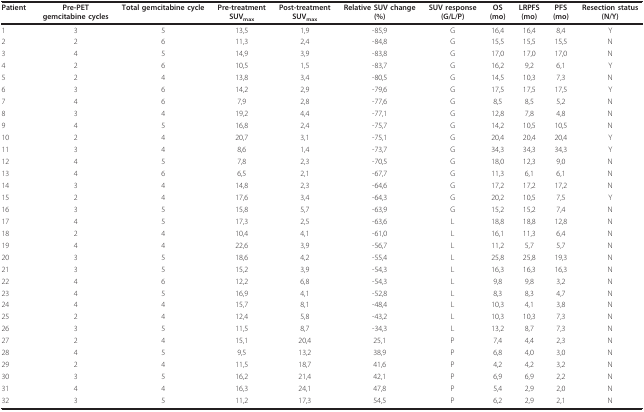
<table><thead><tr><td><b>Patient</b></td><td><b>Pre-PETgemcitabine cycles</b></td><td><b>Total gemcitabine cycle</b></td><td><b>Pre-treatmentSUV<sub>max</sub></b></td><td><b>Post-treatmentSUV<sub>max</sub></b></td><td><b>Relative SUV change(%)</b></td><td><b>SUV response(G/L/P)</b></td><td><b>OS(mo)</b></td><td><b>LRPFS(mo)</b></td><td><b>PFS(mo)</b></td><td><b>Resection status(N/Y)</b></td></tr></thead><tbody><tr><td>1</td><td>3</td><td>5</td><td>13,5</td><td>1,9</td><td>-85,9</td><td>G</td><td>16,4</td><td>16,4</td><td>8,4</td><td>Y</td></tr><tr><td>2</td><td>2</td><td>6</td><td>11,3</td><td>2,4</td><td>-84,8</td><td>G</td><td>15,5</td><td>15,5</td><td>15,5</td><td>N</td></tr><tr><td>3</td><td>4</td><td>5</td><td>14,9</td><td>3,9</td><td>-83,8</td><td>G</td><td>17,0</td><td>17,0</td><td>17,0</td><td>N</td></tr><tr><td>4</td><td>2</td><td>6</td><td>10,5</td><td>1,5</td><td>-83,7</td><td>G</td><td>16,2</td><td>9,2</td><td>6,1</td><td>Y</td></tr><tr><td>5</td><td>2</td><td>4</td><td>13,8</td><td>3,4</td><td>-80,5</td><td>G</td><td>14,5</td><td>10,3</td><td>7,3</td><td>N</td></tr><tr><td>6</td><td>3</td><td>6</td><td>14,2</td><td>2,9</td><td>-79,6</td><td>G</td><td>17,5</td><td>17,5</td><td>17,5</td><td>Y</td></tr><tr><td>7</td><td>4</td><td>6</td><td>7,9</td><td>2,8</td><td>-77,6</td><td>G</td><td>8,5</td><td>8,5</td><td>5,2</td><td>N</td></tr><tr><td>8</td><td>3</td><td>4</td><td>19,2</td><td>4,4</td><td>-77,1</td><td>G</td><td>12,8</td><td>7,8</td><td>4,8</td><td>N</td></tr><tr><td>9</td><td>4</td><td>5</td><td>16,8</td><td>2,4</td><td>-75,7</td><td>G</td><td>14,2</td><td>10,5</td><td>10,5</td><td>N</td></tr><tr><td>10</td><td>2</td><td>4</td><td>20,7</td><td>3,1</td><td>-75,1</td><td>G</td><td>20,4</td><td>20,4</td><td>20,4</td><td>Y</td></tr><tr><td>11</td><td>3</td><td>4</td><td>8,6</td><td>1,4</td><td>-73,7</td><td>G</td><td>34,3</td><td>34,3</td><td>34,3</td><td>Y</td></tr><tr><td>12</td><td>4</td><td>5</td><td>7,8</td><td>2,3</td><td>-70,5</td><td>G</td><td>18,0</td><td>12,3</td><td>9,0</td><td>N</td></tr><tr><td>13</td><td>4</td><td>6</td><td>6,5</td><td>2,1</td><td>-67,7</td><td>G</td><td>11,3</td><td>6,1</td><td>6,1</td><td>N</td></tr><tr><td>14</td><td>3</td><td>4</td><td>14,8</td><td>2,3</td><td>-64,6</td><td>G</td><td>17,2</td><td>17,2</td><td>17,2</td><td>N</td></tr><tr><td>15</td><td>2</td><td>4</td><td>17,6</td><td>3,4</td><td>-64,3</td><td>G</td><td>20,2</td><td>10,5</td><td>7,5</td><td>Y</td></tr><tr><td>16</td><td>3</td><td>5</td><td>15,8</td><td>5,7</td><td>-63,9</td><td>G</td><td>15,2</td><td>15,2</td><td>7,4</td><td>N</td></tr><tr><td>17</td><td>4</td><td>5</td><td>17,3</td><td>2,5</td><td>-63,6</td><td>L</td><td>18,8</td><td>18,8</td><td>12,8</td><td>N</td></tr><tr><td>18</td><td>2</td><td>4</td><td>10,4</td><td>4,1</td><td>-61,0</td><td>L</td><td>16,1</td><td>11,3</td><td>6,4</td><td>N</td></tr><tr><td>19</td><td>4</td><td>4</td><td>22,6</td><td>3,9</td><td>-56,7</td><td>L</td><td>11,2</td><td>5,7</td><td>5,7</td><td>N</td></tr><tr><td>20</td><td>3</td><td>5</td><td>18,6</td><td>4,2</td><td>-55,4</td><td>L</td><td>25,8</td><td>25,8</td><td>19,3</td><td>N</td></tr><tr><td>21</td><td>3</td><td>5</td><td>15,2</td><td>3,9</td><td>-54,3</td><td>L</td><td>16,3</td><td>16,3</td><td>16,3</td><td>N</td></tr><tr><td>22</td><td>4</td><td>6</td><td>12,2</td><td>6,8</td><td>-54,3</td><td>L</td><td>9,8</td><td>9,8</td><td>3,2</td><td>N</td></tr><tr><td>23</td><td>4</td><td>5</td><td>16,9</td><td>4,1</td><td>-52,8</td><td>L</td><td>8,3</td><td>8,3</td><td>4,7</td><td>N</td></tr><tr><td>24</td><td>4</td><td>4</td><td>15,7</td><td>8,1</td><td>-48,4</td><td>L</td><td>10,3</td><td>4,1</td><td>3,8</td><td>N</td></tr><tr><td>25</td><td>2</td><td>4</td><td>12,4</td><td>5,8</td><td>-43,2</td><td>L</td><td>10,3</td><td>10,3</td><td>7,3</td><td>N</td></tr><tr><td>26</td><td>3</td><td>5</td><td>11,5</td><td>8,7</td><td>-34,3</td><td>L</td><td>13,2</td><td>8,7</td><td>7,3</td><td>N</td></tr><tr><td>27</td><td>2</td><td>4</td><td>15,1</td><td>20,4</td><td>25,1</td><td>P</td><td>7,4</td><td>4,4</td><td>2,3</td><td>N</td></tr><tr><td>28</td><td>4</td><td>5</td><td>9,5</td><td>13,2</td><td>38,9</td><td>P</td><td>6,8</td><td>4,0</td><td>3,0</td><td>N</td></tr><tr><td>29</td><td>2</td><td>4</td><td>11,5</td><td>18,7</td><td>41,6</td><td>P</td><td>4,2</td><td>4,2</td><td>3,2</td><td>N</td></tr><tr><td>30</td><td>3</td><td>5</td><td>16,2</td><td>21,4</td><td>42,1</td><td>P</td><td>6,9</td><td>6,9</td><td>2,2</td><td>N</td></tr><tr><td>31</td><td>4</td><td>4</td><td>16,3</td><td>24,1</td><td>47,8</td><td>P</td><td>5,4</td><td>2,9</td><td>2,0</td><td>N</td></tr><tr><td>32</td><td>3</td><td>5</td><td>11,2</td><td>17,3</td><td>54,5</td><td>P</td><td>6,2</td><td>2,9</td><td>2,1</td><td>N</td></tr></tbody></table>